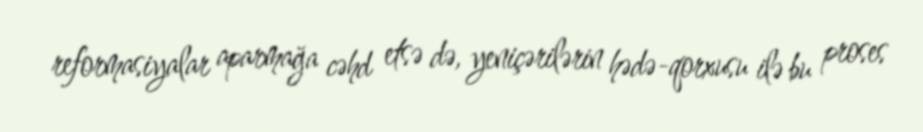
reformasiyalar aparmağa cəhd etsə də, yeniçərilərin hədə-qorxusu ilə bu proses